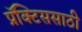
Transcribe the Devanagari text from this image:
प्रॅक्टिससाठी